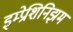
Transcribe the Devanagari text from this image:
इम्प्रेशिनिझम